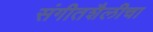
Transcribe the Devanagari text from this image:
संगीतशैलीचा